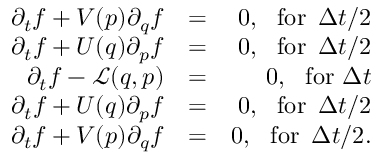
\begin{array} { r l r } { { \partial _ { t } f } + V ( p ) { \partial _ { q } f } } & { = } & { 0 , \, \, \, \, \mathrm { f o r } \, \, \, \Delta t / 2 } \\ { { \partial _ { t } f } + U ( q ) { \partial _ { p } f } } & { = } & { 0 , \, \, \, \, \mathrm { f o r } \, \, \, \Delta t / 2 } \\ { { \partial _ { t } f } - \mathcal { L } ( q , p ) } & { = } & { 0 , \, \, \, \, \mathrm { f o r } \, \, \Delta t } \\ { { \partial _ { t } f } + U ( q ) { \partial _ { p } f } } & { = } & { 0 , \, \, \, \, \mathrm { f o r } \, \, \, \Delta t / 2 } \\ { { \partial _ { t } f } + V ( p ) { \partial _ { q } f } } & { = } & { 0 , \, \, \, \, \mathrm { f o r } \, \, \, \Delta t / 2 . } \end{array}